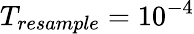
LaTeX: T_{resample}=10^{-4}